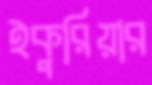
ইকুরিয়ার